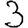
Digit: 3